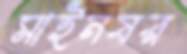
মাইনষর